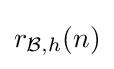
{\textstyle r_{{\mathcal {B}},h}(n)}